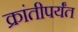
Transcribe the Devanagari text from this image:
क्रांतीपर्यंत